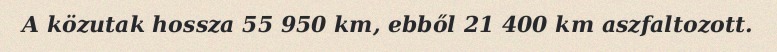
A közutak hossza 55 950 km, ebből 21 400 km aszfaltozott.